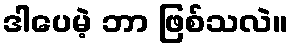
ဒါပေမဲ့ ဘာ ဖြစ်သလဲ။